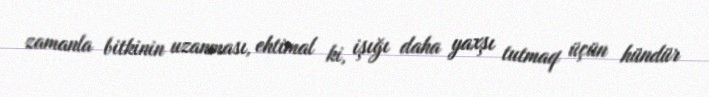
zamanla bitkinin uzanması, ehtimal ki, işığı daha yaxşı tutmaq üçün hündür